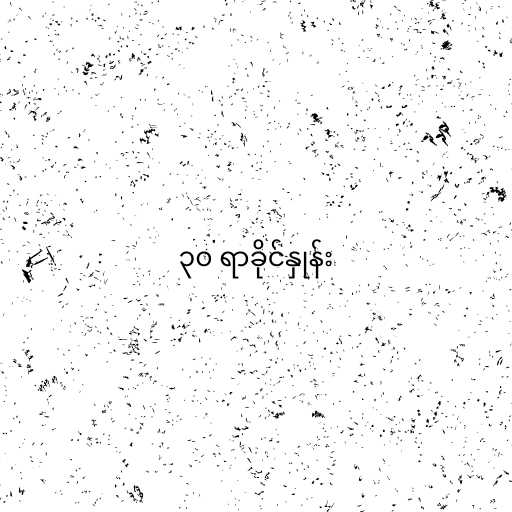
၃၀ ရာခိုင်နှုန်း